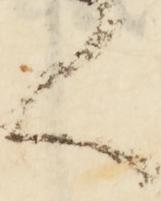
言